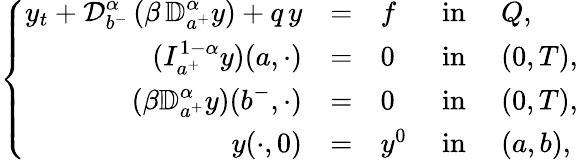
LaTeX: \left\{ \begin{array}{rlllllllll}{y_{t}+\displaystyle{\mathcal D}_{b^{-}}^{\alpha}\, (\beta\, {\mathbb D}_{a^{+}}^{\alpha}y)+q\, y}&{=}&{f}&{\mathrm{~in~}}&{Q,}\\ {\displaystyle(I_{a^{+}}^{1-\alpha}y)(a,\cdot)}&{=}&{0}&{\mathrm{~in~}}&{(0,T),}\\ {\displaystyle(\beta{\mathbb D}_{a^{+}}^{\alpha}y)(b^{-},\cdot)}&{=}&{0}&{\mathrm{~in~}}&{(0,T),}\\ {y(\cdot,0)}&{=}&{y^{0}}&{\mathrm{~in~}}&{(a,b),}\end{array}\right.